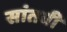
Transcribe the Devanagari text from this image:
सांतवी